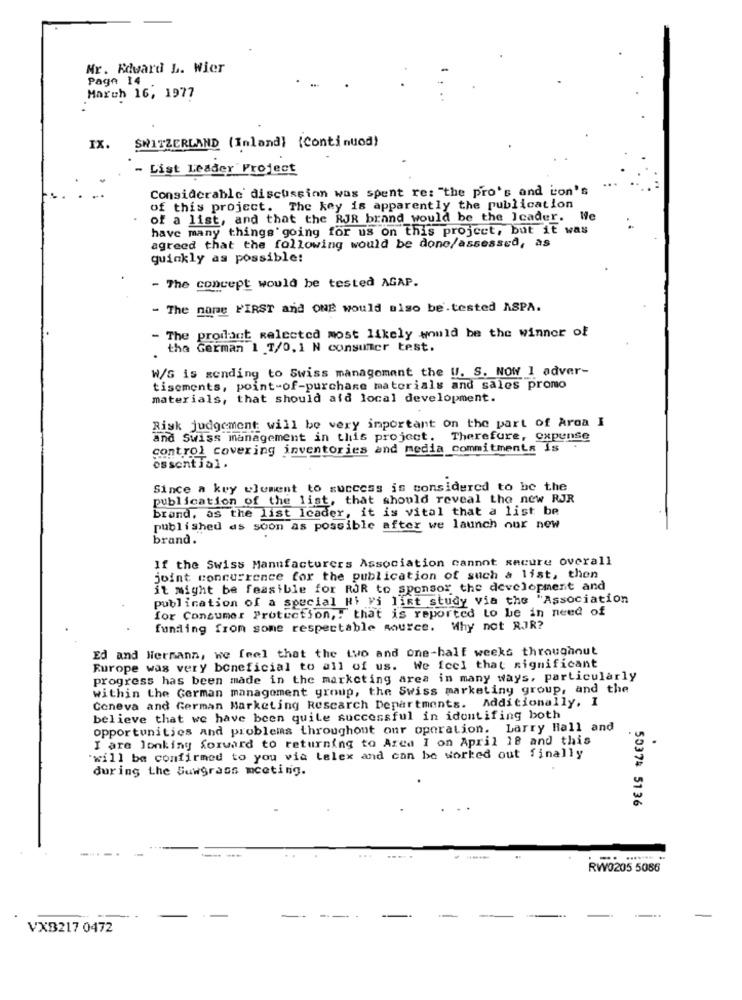
Nr. Edward L. Wier
Page 14
March 16, 1977
IX.
SWITZERLAND (Inland) (Continued)
List Leader Project
Considerable discussion was spent re: "the pro's and con's
of this project. The key is apparently the publication
of a list, and that the RJR brand would be the Icader. We
have many things going for us on this project, but it was
agreed that the following would be done/assessed, as
quickly as possible!
- The concept would be tested AGAP.
- The name FIRST and ONE would also be.tested ASPA.
- The product selected most likely would be the winner of
the German 1 _T/0, 1 N consumer test.
W/S is sending to Swiss management the U. S. NOW 1 adver-
tisements, point-of-purchase materials and sales promo
materials, that should afd local development.
Risk judgement will be very important on the part of Arda I
and Swiss management in this project. Therefure, expense
control covering inventories and media commitments is
essential.
Since a key element to success is considered to be the
publication of the list, that should reveal the new RJR
brand, as the list Icader, it is vital that a list be
published as soon as possible after we launch our new
brand.
If the Swiss Manufacturers Association cannot secure overall
joint concurrence for the publication of such a list, then
it might be feasible for RJR to sponsor the development and
publication of a special Hi Fi list study via the "Association
for Consumer Protection ,. that is reported to be in need of
funding from some respectable source. Why not RJR?
Ed and Hermann, we feel that the two and one-half weeks throughout
Europe was very beneficial to all of us. We feel that significant
progress has been made in the marketing area in many ways, particularly
within the German management group, the Swiss marketing group, and the
Coneva and German Marketing Research Departments. Additionally, I
believe that we have been quite successful in identifing both
opportunities and problems throughout our operation. Larry Hall and
I are Jonking forward to returning to Area I on April 18 and this
"will be confirmed to you via telex and can be worked out finally
during the Suwgrass meeting.
50374 5136
RW0205 5086
VX8217 0472